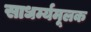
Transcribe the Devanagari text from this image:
साधर्म्यमूलक